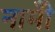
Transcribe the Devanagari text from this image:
नामोँ